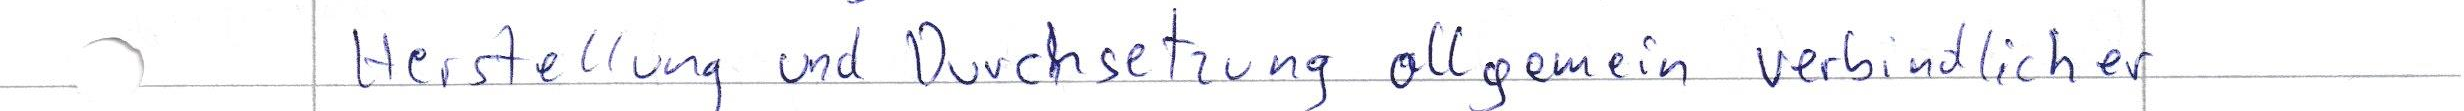
Herstellung und Durchsetzung allgemein verbindlicher